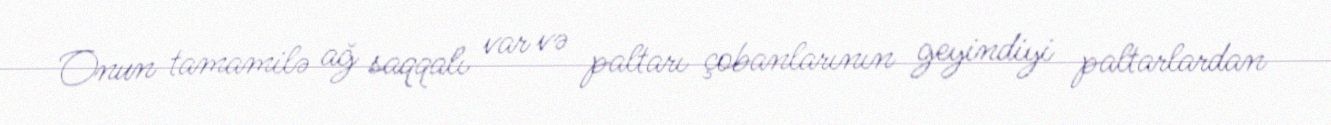
Onun tamamilə ağ saqqalı var və paltarı çobanlarının geyindiyi paltarlardan